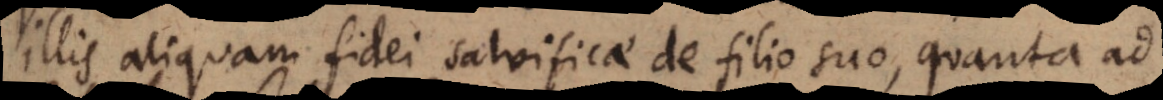
illis aliquam fidei salvificae de filio suo, quanta ad